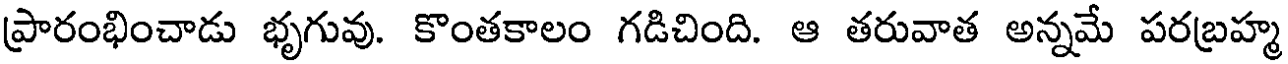
ప్రారంభించాడు భృగువు. కొంతకాలం గడిచింది. ఆ తరువాత అన్నమే పరబ్రహ్మ